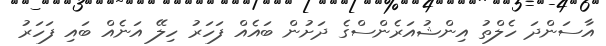
އާސަންދަ ހެލްތު އިންޝުއަރެންސްގެ ދަށުން ބައެއް ފަހަރު ހިލޭ އަނެއް ބައި ފަހަރު